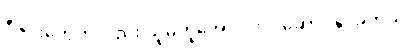
ဒီဇိုင်းတွေကိုလည်း သူမတူအောင် လုပ်ဆောင်နိုင်ခဲ့တယ်။